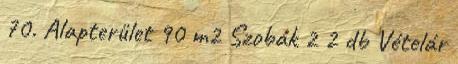
70. Alapterület 90 m2 Szobák 2 2 db Vételár